Indian journal of veterinary science and animal husbandry - Volume 4,
Year: 1934
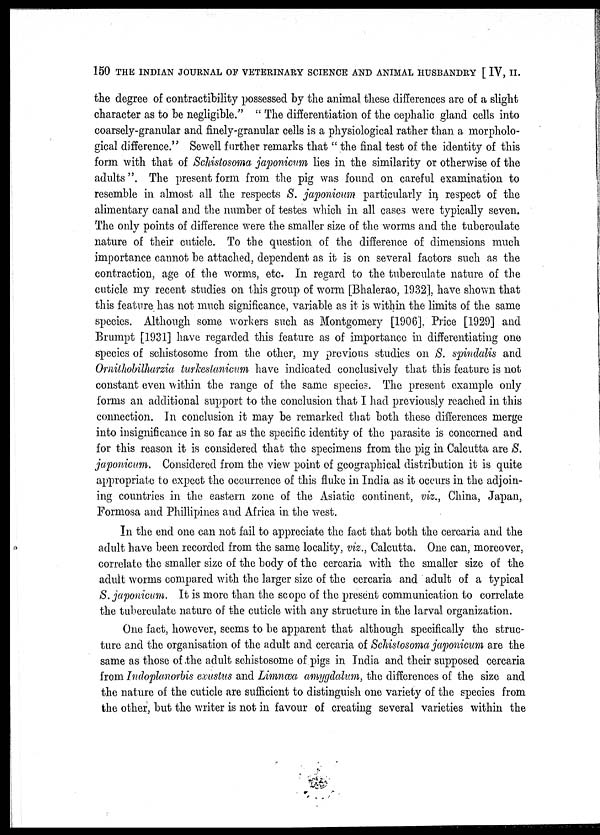
150 THE INDIAN JOURNAL OF VETERINARY SCIENCE AND ANIMAL HUSBANDRY [ IV, II.
the degree of contractibility possessed by the animal these differences are of a slight
character as to be negligible." " The differentiation of the cephalic gland cells into
coarsely-granular and finely-granular cells is a physiological rather than a morpholo-
gical difference." Sewell further remarks that " the final test of the identity of this
form with that of Schistosoma japonicum lies in the similarity or otherwise of the
adults". The present form from the pig was found on careful examination to
resemble in almost all the respects S. japonicum particularly in respect of the
alimentary canal and the number of testes which in all cases were typically seven.
The only points of difference were the smaller size of the worms and the tuberculate
nature of their cuticle. To the question of the difference of dimensions much
importance cannot be attached, dependent as it is on several factors such as the
contraction, age of the worms, etc. In regard to the tuberculate nature of the
cuticle my recent studies on this group of worm [Bhalerao, 1932], have shown that
this feature has not much significance, variable as it is within the limits of the same
species. Although some workers such as Montgomery [1906], Price [1929] and
Brumpt [1931] have regarded this feature as of importance in differentiating one
species of schistosome from the other, my previous studies on S. spindalis and
Ornithobilharzia turkestanicum have indicated conclusively that this feature is not
constant even within the range of the same species. The present example only
forms an additional support to the conclusion that I had previously reached in this
connection. In conclusion it may be remarked that both these differences merge
into insignificance in so far as the specific identity of the parasite is concerned and
for this reason it is considered that the specimens from the pig in Calcutta are S.
japonicum. Considered from the view point of geographical distribution it is quite
appropriate to expect the occurrence of this fluke in India as it occurs in the adjoin-
ing countries in the eastern zone of the Asiatic continent, viz., China, Japan,
Formosa and Phillipines and Africa in the west.
In the end one can not fail to appreciate the fact that both the cercaria and the
adult have been recorded from the same locality, viz., Calcutta. One can, moreover,
correlate the smaller size of the body of the cercaria with the smaller size of the
adult worms compared with the larger size of the cercaria and adult of a typical
S. japonicum. It is more than the scope of the present communication to correlate
the tuberculate nature of the cuticle with any structure in the larval organization.
One fact, however, seems to be apparent that although specifically the struc-
ture and the organisation of the adult and cercaria of Schistosoma japonicum are the
same as those of the adult schistosome of pigs in India and their supposed cercaria
from Indoplanorbis exustus and Limnœa amygdalum, the differences of the size and
the nature of the cuticle are sufficient to distinguish one variety of the species from
the other, but the writer is not in favour of creating several varieties within the